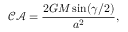
\mathcal { C A } = \frac { 2 G M \sin ( \gamma / 2 ) } { a ^ { 2 } } ,